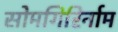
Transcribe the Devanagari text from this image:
सोमगिरिर्नाम